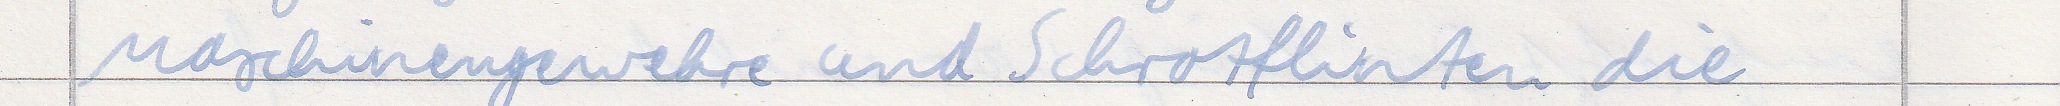
Maschinengewehre und Schrotflinten die